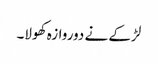
لڑکے نے دوروازہ کھولا۔